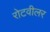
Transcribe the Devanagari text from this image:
रोटवीलर